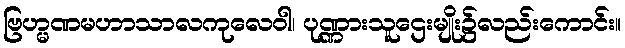
ဗြဟ္မဏမဟာသာလကုလေဝါ၊ ပုဏ္ဏားသူဌေးမျိုး၌လည်းကောင်း။